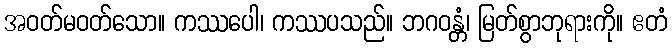
အဝတ်မဝတ်သော။ ကဿပေါ၊ ကဿပသည်။ ဘဂဝန္တံ၊ မြတ်စွာဘုရားကို။ ဧတံ